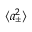
\langle a _ { \pm } ^ { 2 } \rangle